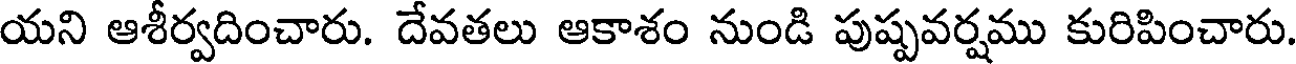
యని ఆశీర్వదించారు. దేవతలు ఆకాశం నుండి పుష్పవర్షము కురిపించారు